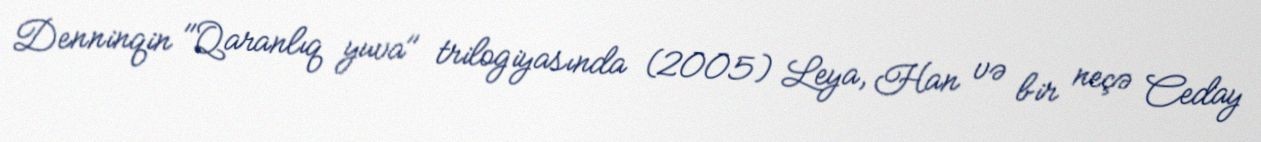
Denninqin "Qaranlıq yuva" trilogiyasında (2005) Leya, Han və bir neçə Ceday